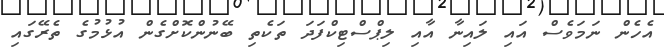
އެހެން ނަމަވެސް އައި ލައިނާ އާއި ލިޕްސްޓިކްފަދަ ތަކެތި ބޭނުންކޮށްގެން އުޅުމުގެ ތެރޭގައި